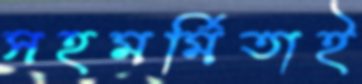
সহমর্মিতাই